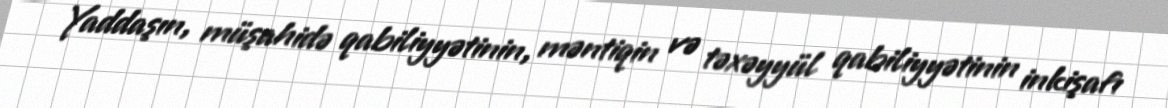
Yaddaşın, müşahidə qabiliyyətinin, məntiqin və təxəyyül qabiliyyətinin inkişafı